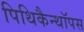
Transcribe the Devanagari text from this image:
पिथिकैन्थॉपस